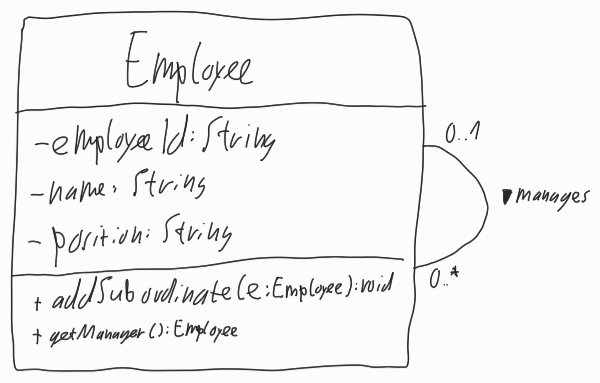
Diagram type: class_diagram
```plantuml
@startuml

class Employee {
  - employeeID: String
  - name: String
  - position: String
  + addSubordinate(e: Employee): void
  + getManager(): Employee
}

Employee "0..1" -- "0..*" Employee : manages >

@enduml
```